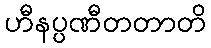
ဟီနပ္ပဏီတတာတိ